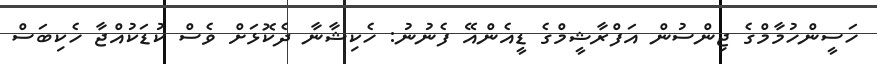
ހަސީންހުމާމްގެ ޖިންސުން އަފްރާޝީމްގެ ޑީއެންއޭ ފެނުނު: ހެކިޝާނާ ދެކޮޅަށް ވެސް ކުޑަކުއްޖާ ހެކިބަސް